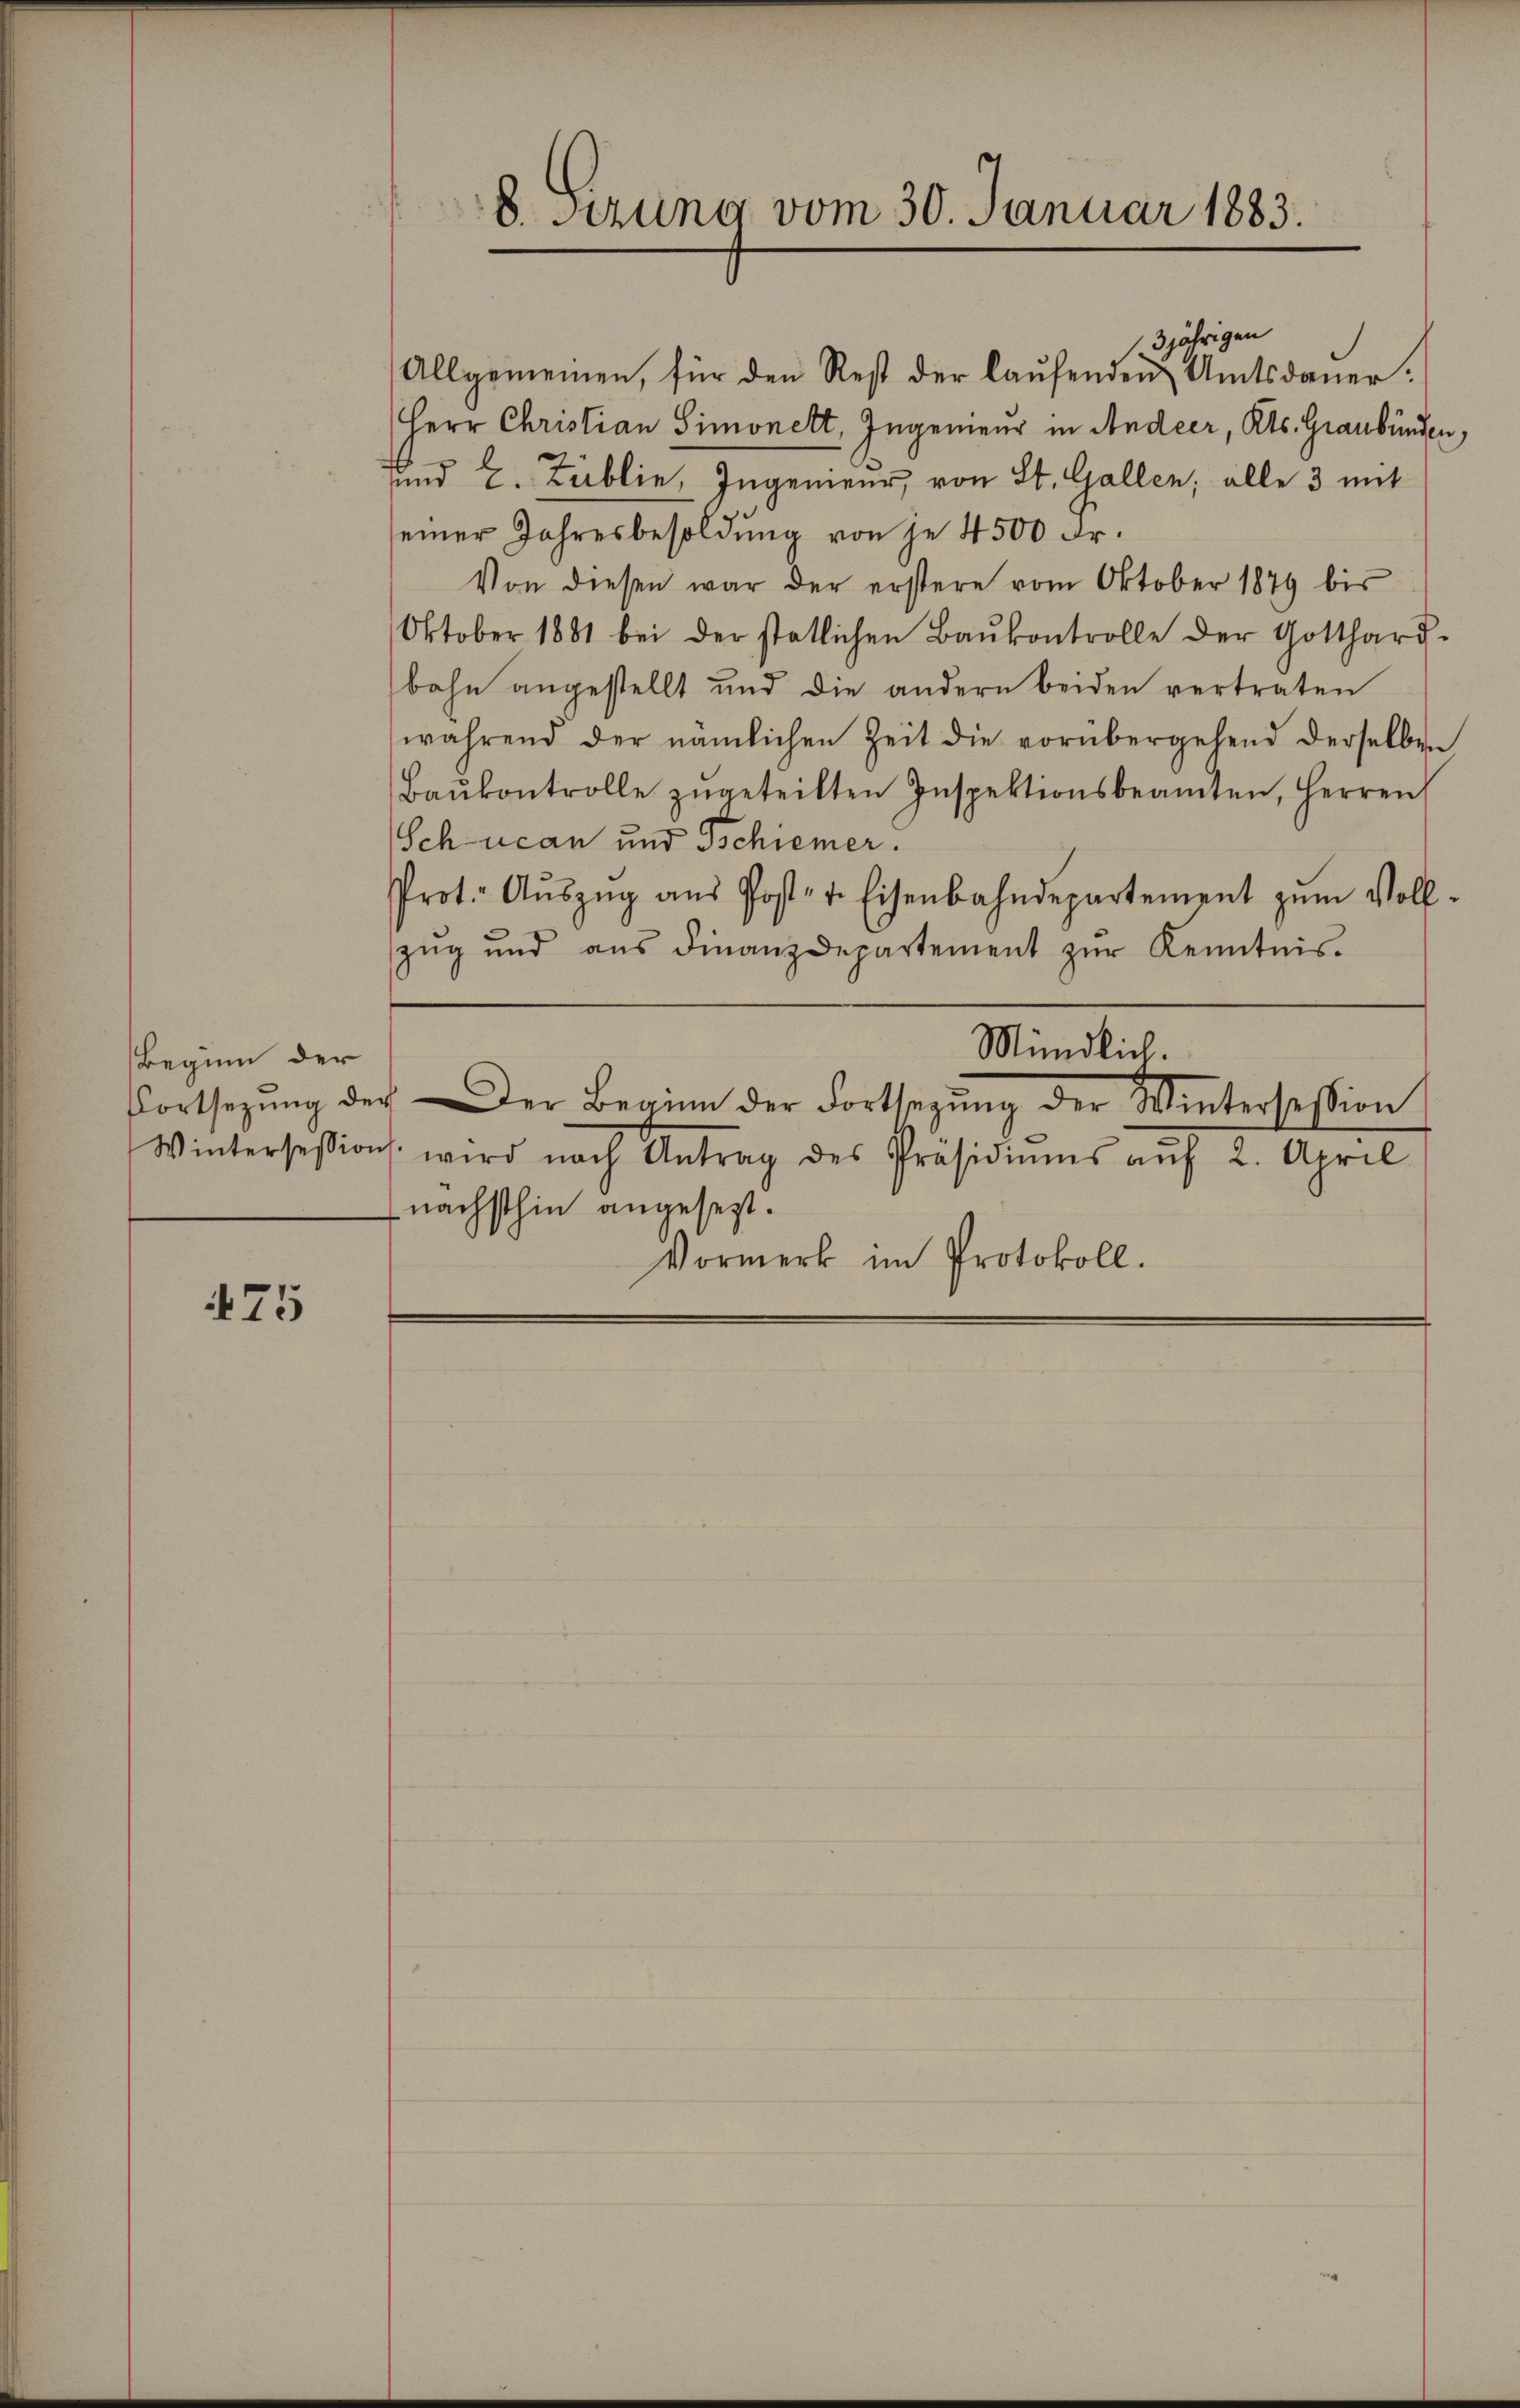
Beginn der

475

3jährigen
Allgemeinen, für den Rest der laŭfenden Amtsdauer-
Herr Christian Simonett, Ingenieur in Andeer, Kts. Graubünden,
und 2. Tablie, Ingenieur, von St. Gallen; alle 3 mit
seiner Jahresbesoldung von je 4500 Fr.
Von diesen war der erstere vom Oktober 1879 bis
Oktober 1881 bei der statlichen Baŭkontrolle der Gotthard-
bahn angestellt und die andern beiden vertraten
während der nämlichen Zeit die vorübergebend derselben
Baŭkontrolle zŭgeteilten Inspektionsbeamten, Herren
Schucan und Tschiener.
Prot. Aŭszŭg aŭs Post- u. Eisenbahndepartement zŭm Voll-
zŭg und aŭs Finanzdepartement zŭr Kenntnis.
Mündlich
Fortsezŭng der Der Beginn der Fortsetzŭng der Wintersession
Wintersession wird nach Antrag des Präsidiŭms aŭf 2. April
nächsthin angesezt.
Vormerk im Protokoll.

8. Sirung vom 30. Januar 1883.